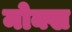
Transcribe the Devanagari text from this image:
मोक्ख